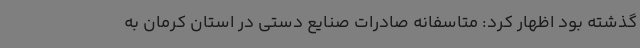
گذشته بود اظهار کرد: متاسفانه صادرات صنایع دستی در استان کرمان به